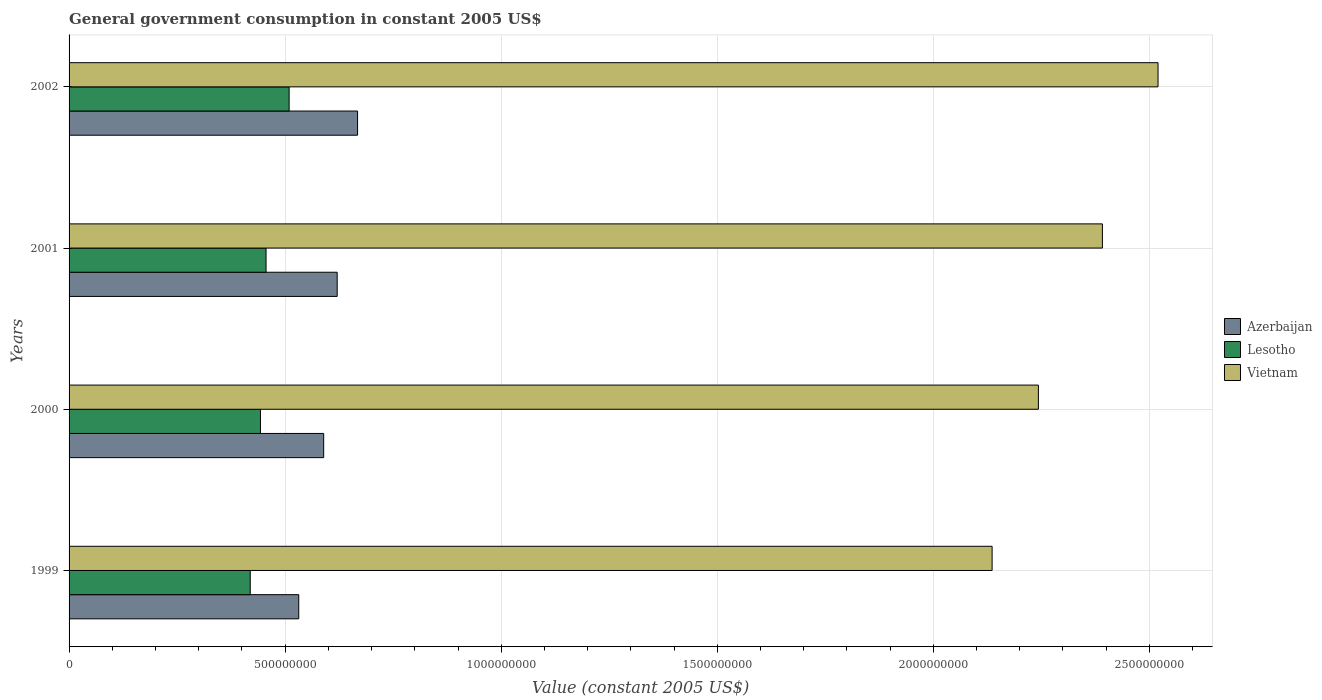
| Years | Azerbaijan | Lesotho | Vietnam |
 | --- | --- | --- | --- |
 | 1999 | 5.32e+08 | 4.19e+08 | 2.14e+09 |
 | 2000 | 5.89e+08 | 4.43e+08 | 2.24e+09 |
 | 2001 | 6.2e+08 | 4.56e+08 | 2.39e+09 |
 | 2002 | 6.68e+08 | 5.09e+08 | 2.52e+09 |